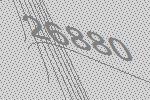
26880